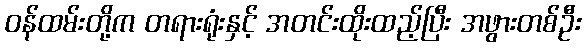
ဝန်ထမ်းတို့က တရားရုံးနှင့် အတင်းထိုးထည့်ပြီး အဖွားတစ်ဦး